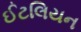
ઈટલિયન